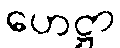
ဟေဋ္ဌာ